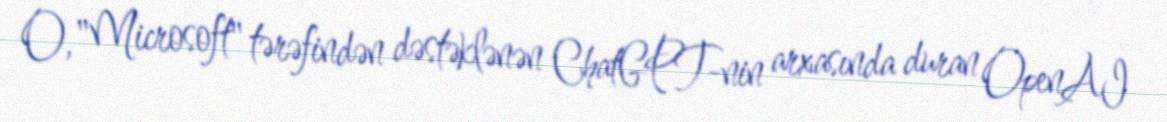
O, "Microsoft" tərəfindən dəstəklənən ChatGPT-nin arxasında duran OpenAI